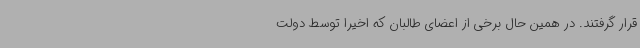
قرار گرفتند. در همین حال برخی از اعضای طالبان که اخیرا توسط دولت